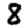
Digit: 8